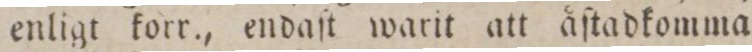
enligt korr., endaſt warit att åſtadkomma